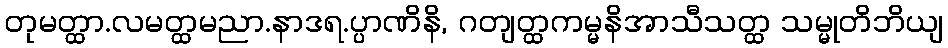
တုမတ္ထာ.လမတ္ထမညာ.နာဒရ.ပ္ပာဏိနိ, ဂတျတ္ထကမ္မနိအာသီသတ္ထ သမ္မုတိဘိယျ